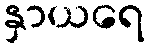
နှာယရေ